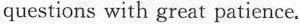
questions with great patience.